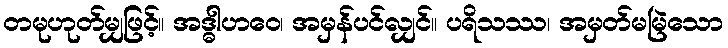
တမုဟုတ်မျှဖြင့်။ အဒ္ဓါဟဝေ၊ အမှန်ပင်လျှင်။ ပရိသဿ၊ အမှတ်မမြဲသော